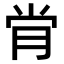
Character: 𫆙